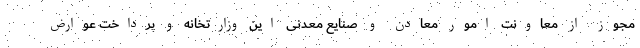
مجوز از معاونت امور معادن و صنایع معدنی این وزارتخانه و پرداخت عوارض